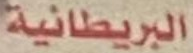
البريطانية